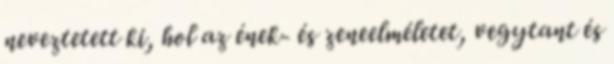
neveztetett ki, hol az ének- és zeneelméletet, vegytant és